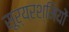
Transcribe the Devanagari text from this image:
सूर्यरश्मियों